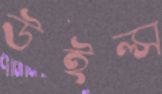
উইল্স